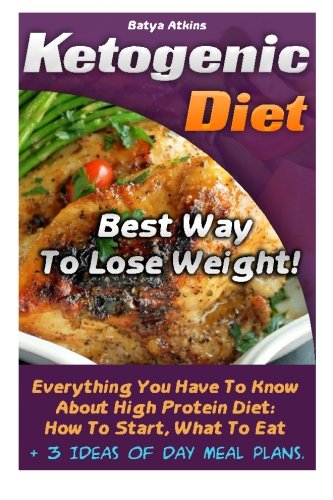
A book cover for Ketogenic Diet: Best Way To Lose Weight! Everything You Have To Know About High Protein Diet: How To Start, What To Eat + 3 Ideas Of Day Meal Plans.: ... diet, anti inflammatory diet) (Volume 2); Batya Atkins; Cookbooks, Food & Wine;